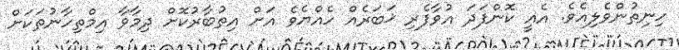
ހިނިތުންވެލިއެވެ. އެއީ ކޮންފަދަ އުވާފެރި ޚަބަރެއް ހެއްޔެވެ އަށް އިތުބާރުކޮށް ދިމާވާ އިމްތިހާނުތަކަށް